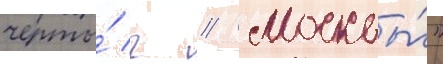
черты́ г // Москвы́"